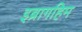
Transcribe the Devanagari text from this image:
इब्रागहिम